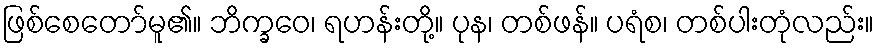
ဖြစ်စေတော်မူ၏။ ဘိက္ခဝေ၊ ရဟန်းတို့။ ပုန၊ တစ်ဖန်။ ပရံစ၊ တစ်ပါးတုံလည်း။